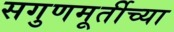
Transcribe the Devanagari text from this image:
सगुणमूर्तीच्या